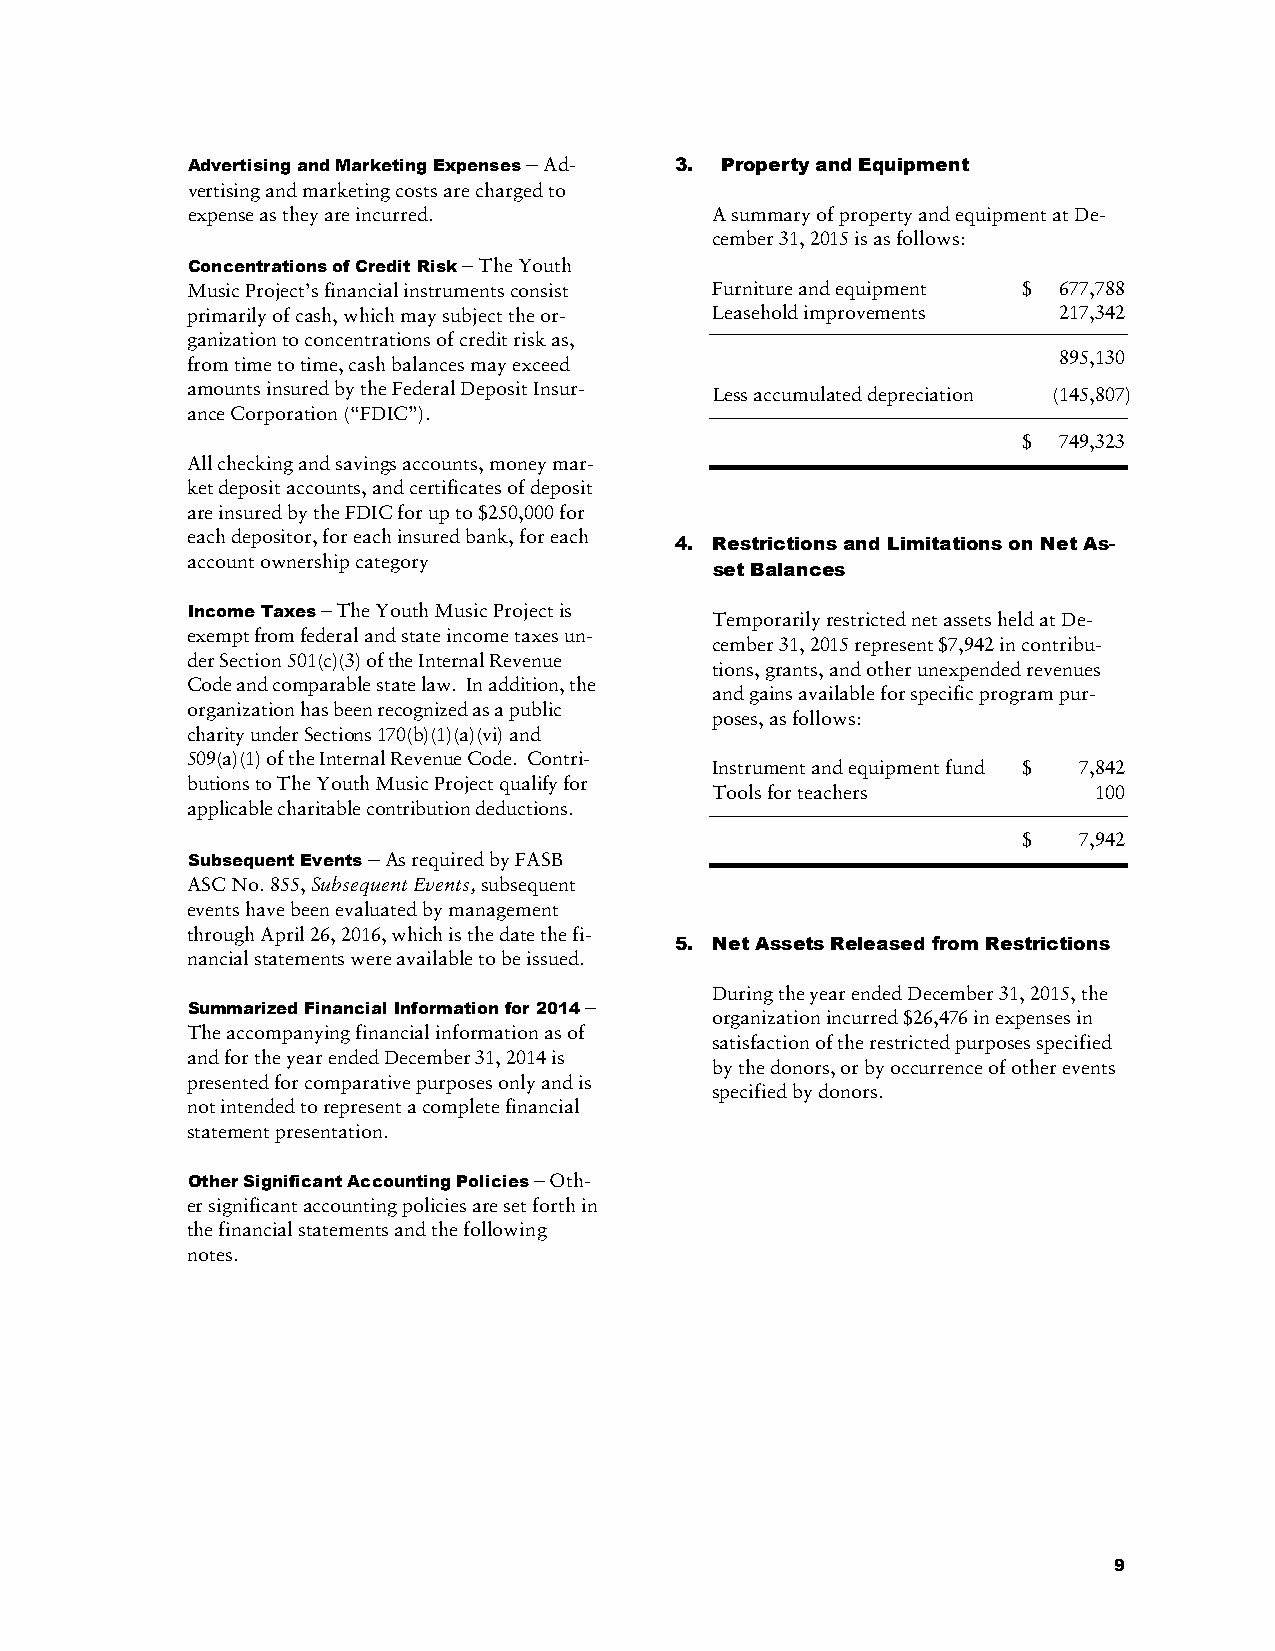
Advertising and Marketing Expenses – Ad- 3. Property and Equipment
 vertising and marketing costs are charged to
 expense as they are incurred.      A summary of property and equipment at De-
 cember 31, 2015 is as follows:
 Concentrations of Credit Risk − The Youth
 Music Project’s financial instruments consist Furniture and equipment $ 677,788
 primarily of cash, which may subject the or- Leasehold improvements 217,342
 ganization to concentrations of credit risk as,
 895,130
 from time to time, cash balances may exceed
 amounts insured by the Federal Deposit Insur- Less accumulated depreciation (145,807)
 ance Corporation (“FDIC”).
 $ 749,323
 All checking and savings accounts, money mar-
 ket deposit accounts, and certificates of deposit
 are insured by the FDIC for up to $250,000 for
 each depositor, for each insured bank, for each
 4. Restrictions and Limitations on Net As-
 account ownership category
 set Balances
 Income Taxes – The Youth Music Project is Temporarily restricted net assets held at De-
 exempt from federal and state income taxes un-
 cember 31, 2015 represent $7,942 in contribu-
 der Section 501(c)(3) of the Internal Revenue
 tions, grants, and other unexpended revenues
 Code and comparable state law. In addition, the
 and gains available for specific program pur-
 organization has been recognized as a public
 poses, as follows:
 charity under Sections 170(b)(1)(a)(vi) and
 509(a)(1) of the Internal Revenue Code. Contri-
 Instrument and equipment fund $ 7,842
 butions to The Youth Music Project qualify for
 Tools for teachers       100
 applicable charitable contribution deductions.
 $  7,942
 Subsequent Events – As required by FASB
 ASC No. 855, Subsequent Events, subsequent
 events have been evaluated by management
 through April 26, 2016, which is the date the fi-
 5. Net Assets Released from Restrictions
 nancial statements were available to be issued.
 During the year ended December 31, 2015, the
 Summarized Financial Information for 2014 – organization incurred $26,476 in expenses in
 The accompanying financial information as of
 satisfaction of the restricted purposes specified
 and for the year ended December 31, 2014 is
 by the donors, or by occurrence of other events
 presented for comparative purposes only and is
 specified by donors.
 not intended to represent a complete financial
 statement presentation.
 Other Significant Accounting Policies – Oth-
 er significant accounting policies are set forth in
 the financial statements and the following
 notes.
 9